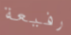
رفيعة